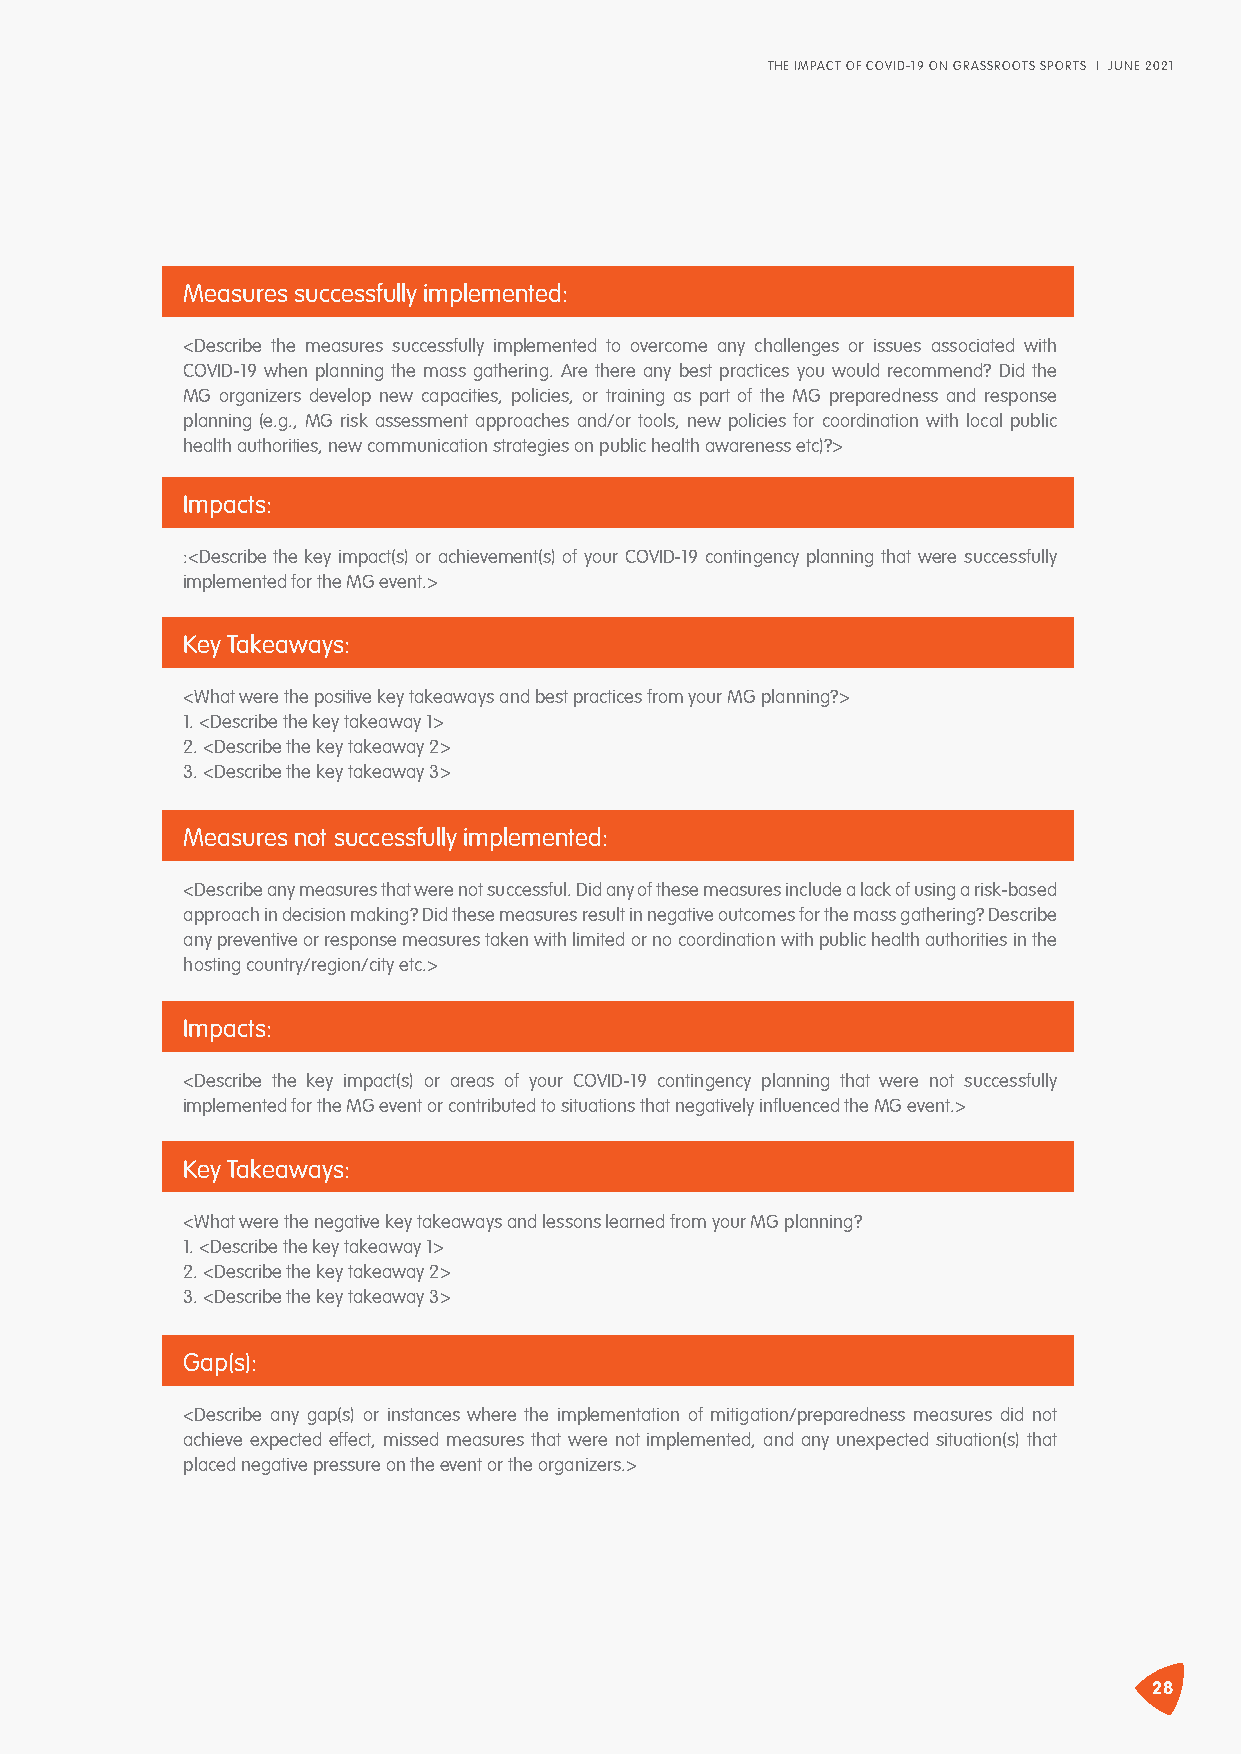
THE IMPACT OF COVID-19 ON GRASSROOTS SPORTS I JUNE 2021
 Measures successfully implemented:
 <Describe the measures successfully implemented to overcome any challenges or issues associated with
 COVID-19 when planning the mass gathering. Are there any best practices you would recommend? Did the
 MG organizers develop new capacities, policies, or training as part of the MG preparedness and response
 planning (e.g., MG risk assessment approaches and/or tools, new policies for coordination with local public
 health authorities, new communication strategies on public health awareness etc)?>
 Impacts:
 :<Describe the key impact(s) or achievement(s) of your COVID-19 contingency planning that were successfully
 implemented for the MG event.>
 Key Takeaways:
 <What were the positive key takeaways and best practices from your MG planning?>
 1. <Describe the key takeaway 1>
 2. <Describe the key takeaway 2>
 3. <Describe the key takeaway 3>
 Measures not successfully implemented:
 <Describe any measures that were not successful. Did any of these measures include a lack of using a risk-based
 approach in decision making? Did these measures result in negative outcomes for the mass gathering? Describe
 any preventive or response measures taken with limited or no coordination with public health authorities in the
 hosting country/region/city etc.>
 Impacts:
 <Describe the key impact(s) or areas of your COVID-19 contingency planning that were not successfully
 implemented for the MG event or contributed to situations that negatively influenced the MG event.>
 Key Takeaways:
 <What were the negative key takeaways and lessons learned from your MG planning?
 1. <Describe the key takeaway 1>
 2. <Describe the key takeaway 2>
 3. <Describe the key takeaway 3>
 Gap(s):
 <Describe any gap(s) or instances where the implementation of mitigation/preparedness measures did not
 achieve expected effect, missed measures that were not implemented, and any unexpected situation(s) that
 placed negative pressure on the event or the organizers.>
 28